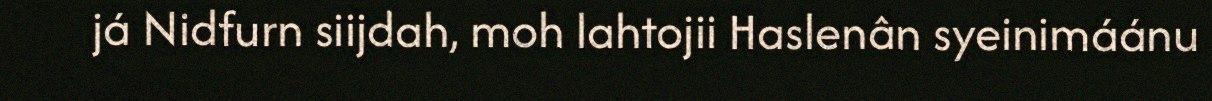
já Nidfurn siijdah, moh lahtojii Haslenân syeinimáánu